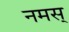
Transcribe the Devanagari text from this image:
नमस्‌